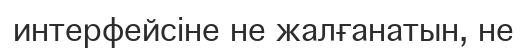
интерфейсіне не жалғанатын, не